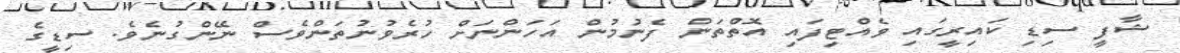
ޝާފީ ސިޑި ކައިރީގައި ވެއްޓިފައި އޮތްތަން ފެނުމުން އަހަންނަށް ހުރެވުނުތަންވެސް ނޭންގުނެވެ. ސިޑީގެ